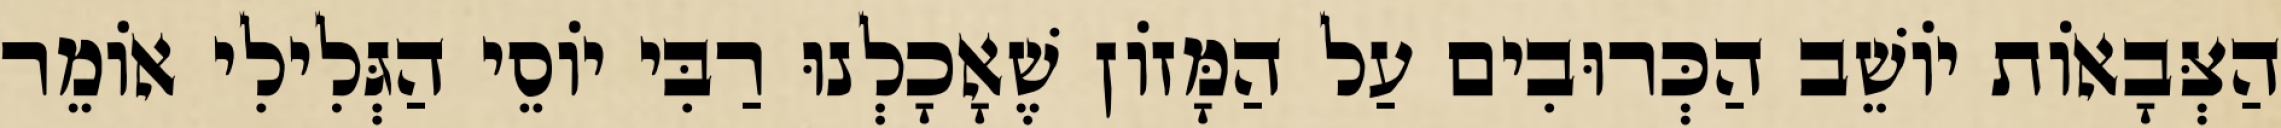
הַצְּבָאוֹת יוֹשֵׁב הַכְּרוּבִים עַל הַמָּזוֹן שֶׁאָכָלְנוּ רַבִּי יוֹסֵי הַגְּלִילִי אוֹמֵר